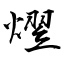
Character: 熤